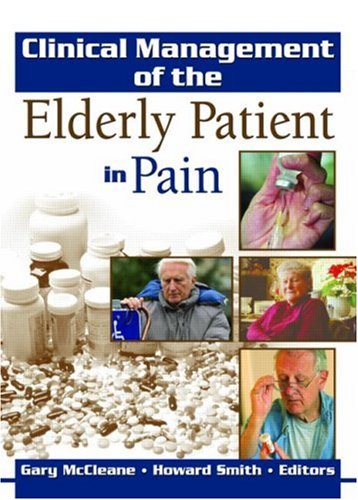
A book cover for Clinical Management of the Elderly Patient in Pain (Haworth Series in Clinical Pain and Symptom Palliation); Medical Books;